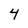
Character: 4